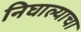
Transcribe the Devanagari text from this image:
निघाल्याचा